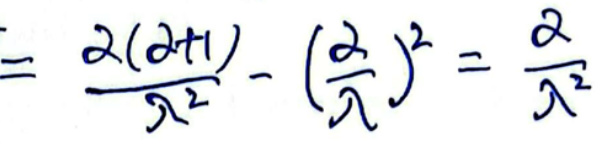
\[
= \frac{2(2 + 1)}{x^{2}} - \left(\frac{2}{x}\right)^{2} = \frac{2}{x^{2}}
\]